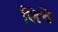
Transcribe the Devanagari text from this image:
लिचे